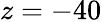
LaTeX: z=-40